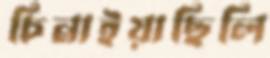
চিনাইয়াছিলি